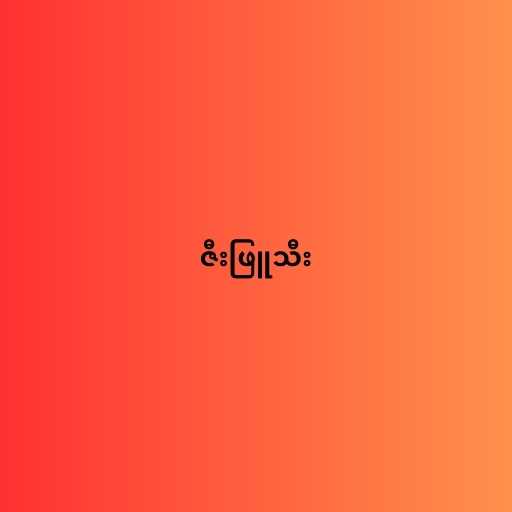
ဇီးဖြူသီး